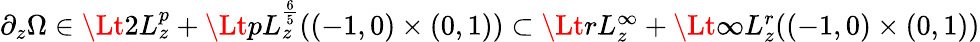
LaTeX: \begin{array}{r}{\partial_{z}\Omega\in\Lt 2L_{z}^{p}+\Lt pL_{z}^{\frac 65}((-1,0)\times(0,1))\subset\Lt rL_{z}^{\infty}+\Lt\infty L_{z}^{r}((-1,0)\times(0,1))}\end{array}